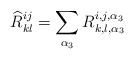
\begin{align*}{\widehat R}^{ij}_{kl} = \sum_{\alpha_3} R^{i,j,\alpha_3}_{k,l,\alpha_3}\end{align*}